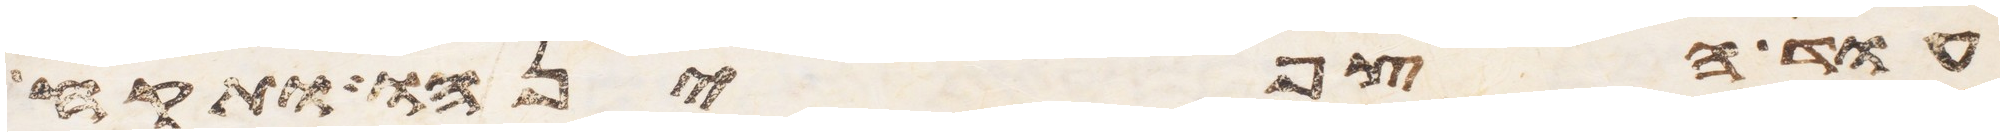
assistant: עוד הצפנהו ותקח